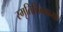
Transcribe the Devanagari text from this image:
स्मृतिचिन्हाच्या